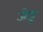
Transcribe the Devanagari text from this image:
जेजु